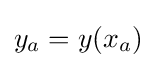
y_{a}=y(x_{a})